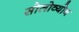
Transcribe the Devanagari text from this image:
सोलोव्योव